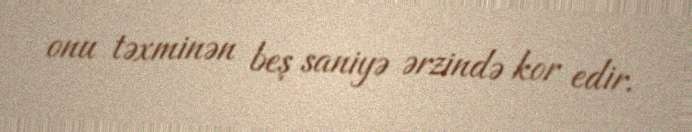
onu təxminən beş saniyə ərzində kor edir.